Leaving Certificate Examination, 1918
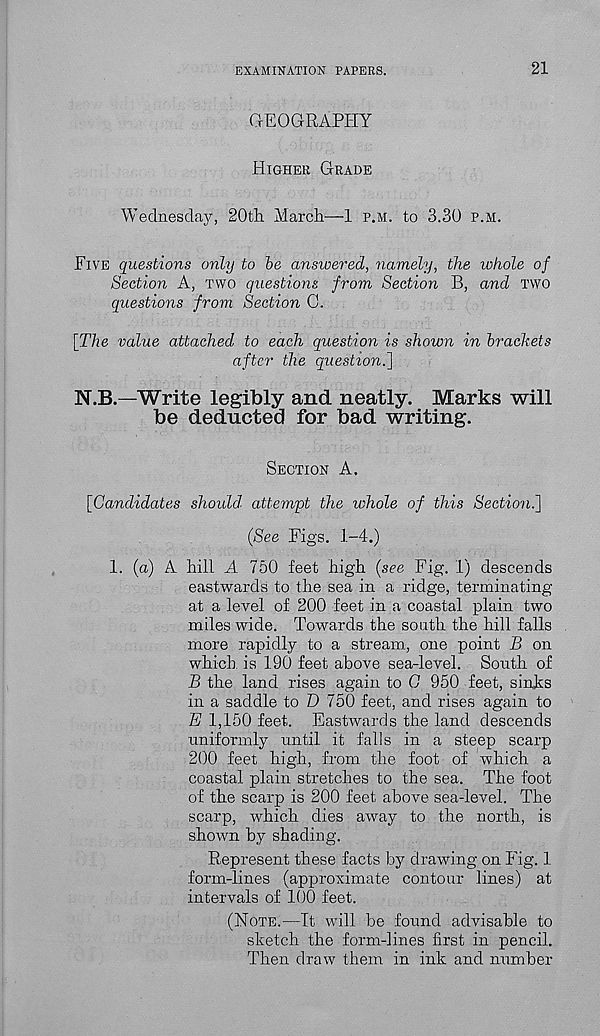
EXAMINATION PAPERS.
21
GEOGRAPHY
HIGHER GRADE
Wednesday, 20tli March—1 P.M. to 3.30 P.M.
FIVE questions only to be answered, namely, the whole of
Section A, TWO questions from Section B, and TWO
questions from Section C.
[The value attached to each question is shown in brackets
after the question.']
N.B.—Write legibly and neatly. Marks will
be deducted for bad writing.
SECTION A.
[Candidates should, attempt the whole of this Section.]
(See Figs. 1-4.)
1. (a) A hill A 750 feet high (see Fig. 1) descends
eastwards to the sea in a ridge, terminating
at a level of 200 feet in a coastal plain two
miles wide. Towards the south the hill falls
more rapidly to a stream, one point B on
which, is 190 feet above sea-level. South of
B the land rises again to G 950 feet, sinks
in a saddle to D 750 feet, and rises again to
E 1,150 feet. Eastwards the land descends
uniformly until it falls in a steep scarp
200 feet high, from the foot of which a
coastal plain stretches to the sea. The foot
of the scarp is 200 feet above sea-level. The
scarp, which dies away to the north, is
shown by shading.
Represent these facts by drawing on Fig. 1
form-lines (approximate contour lines) at
intervals of 100 feet.
(NOTE.—It will be found advisable to
sketch the form-lines first in pencil.
Then draw them in ink and number